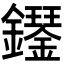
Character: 𫓝